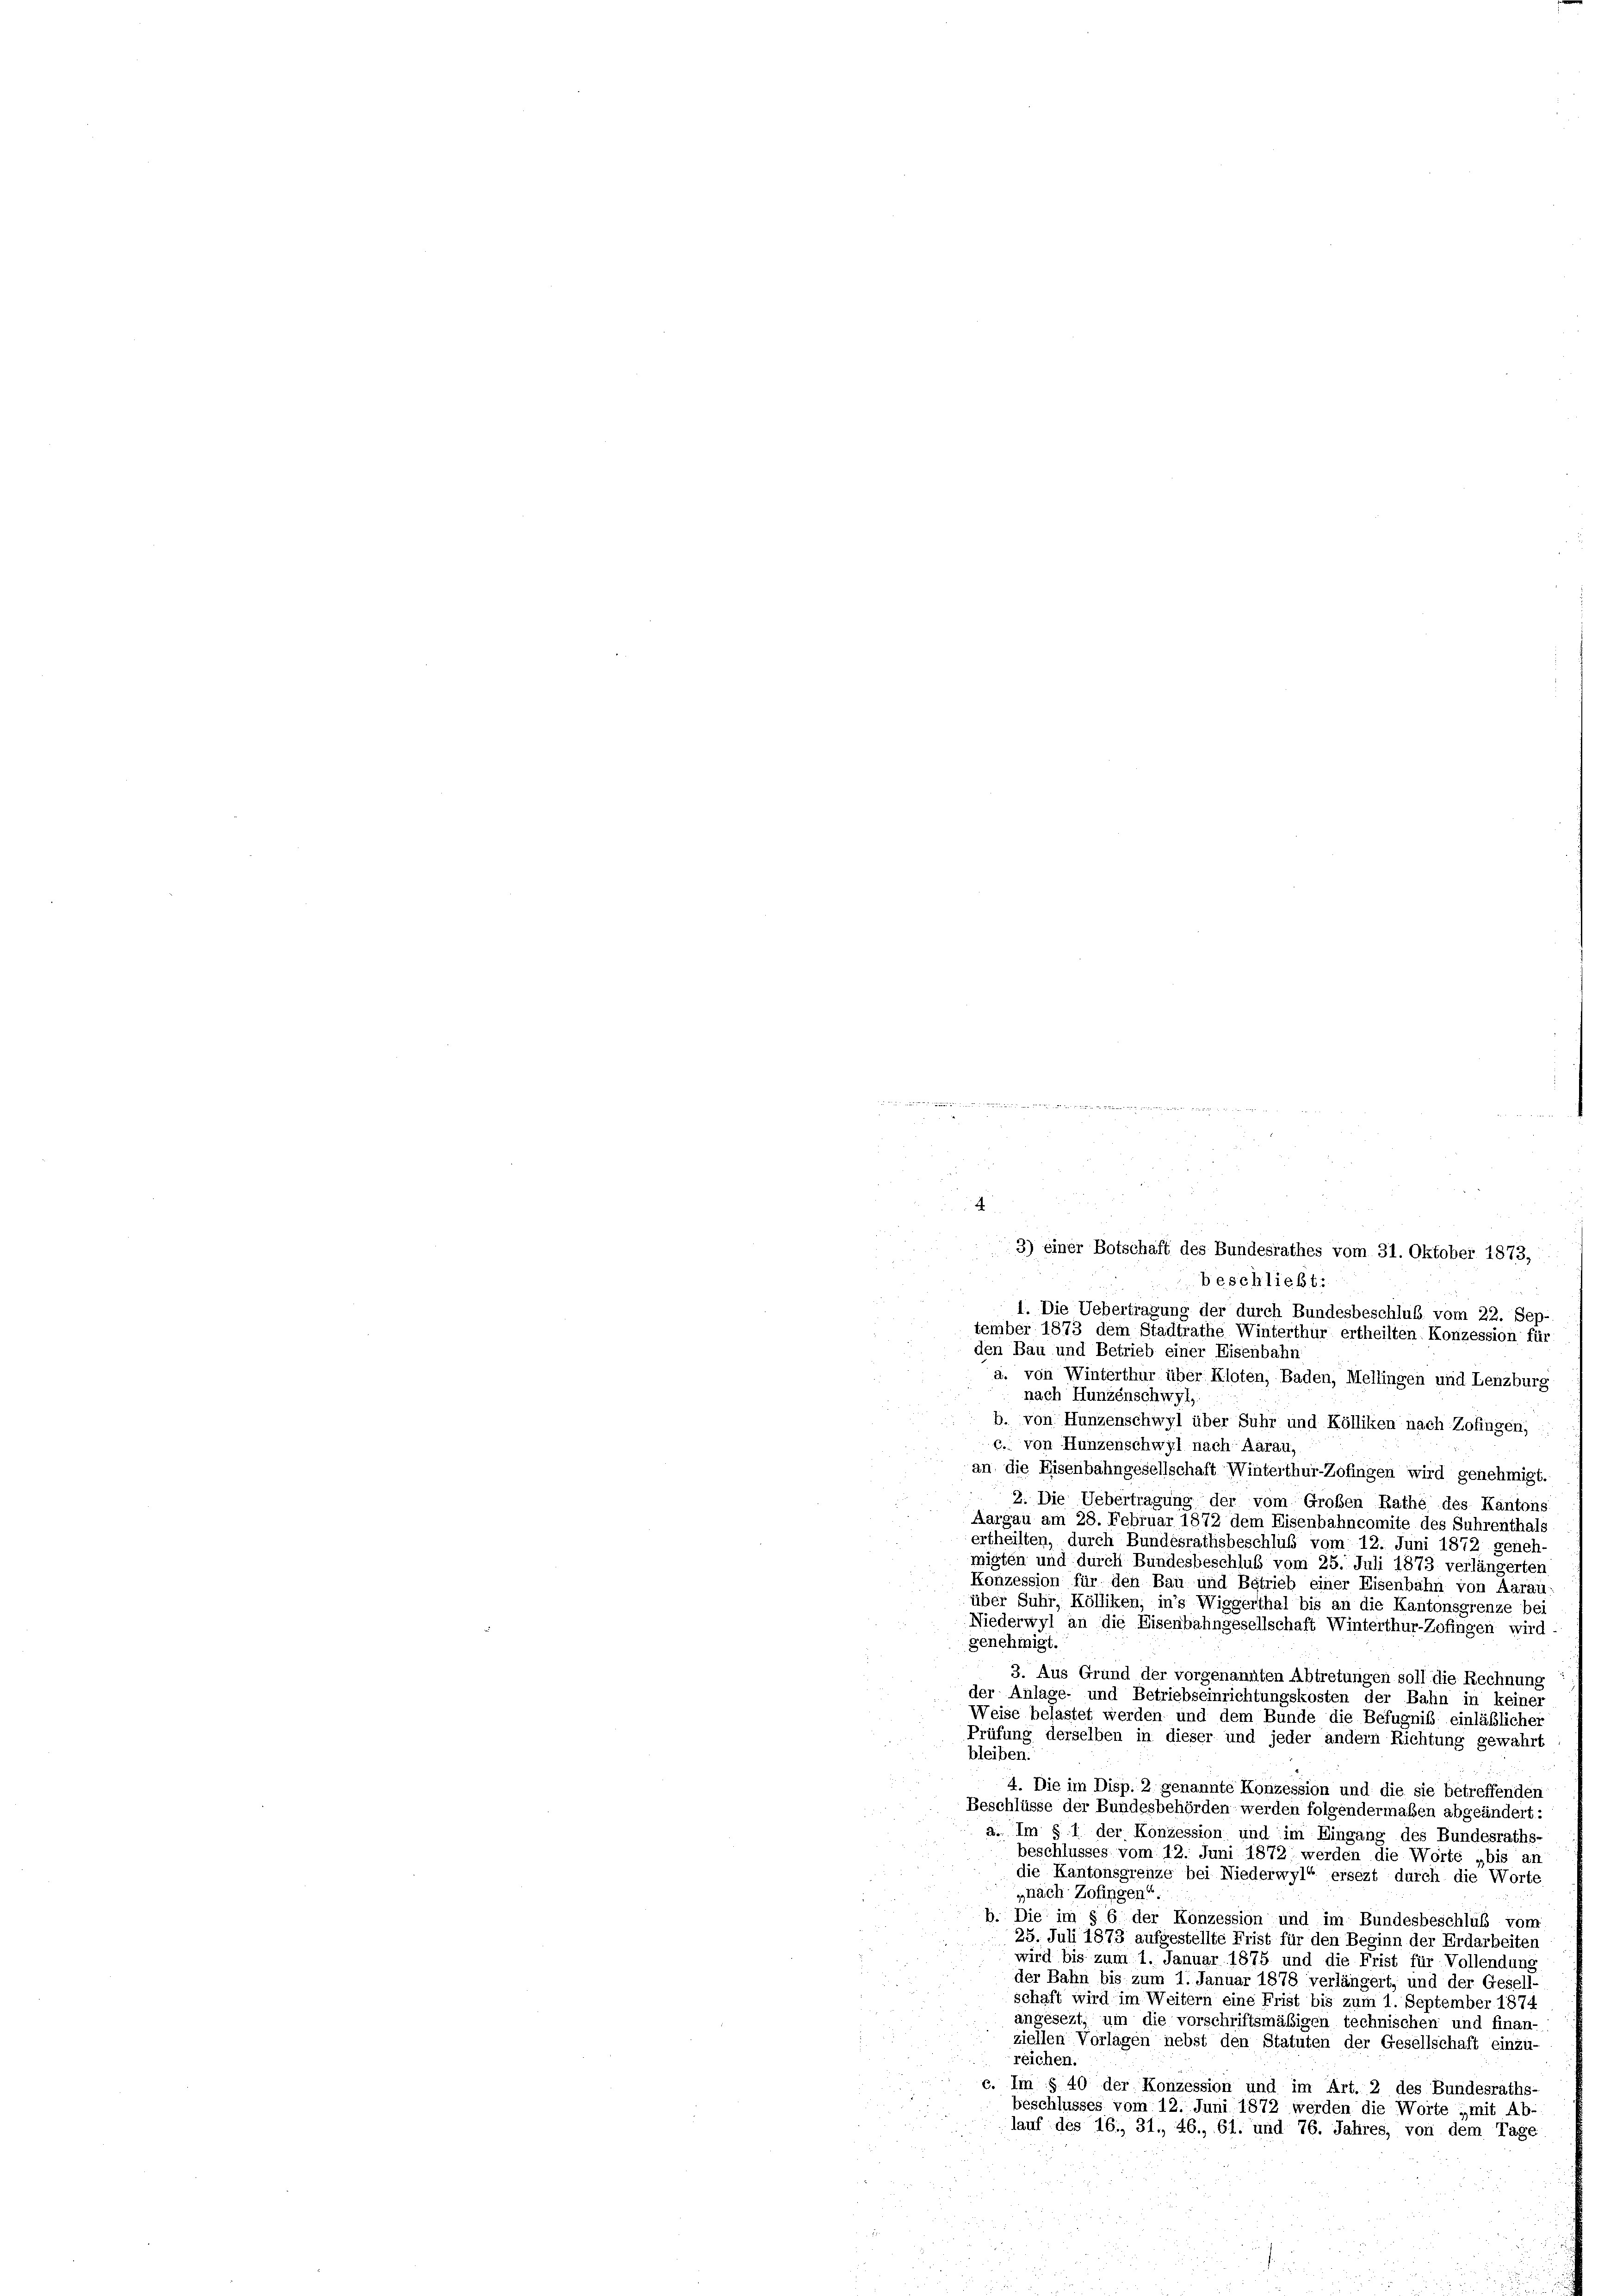
1. Die Uebertragung der durch Bundesbeschluß vom 22. Sep-
tember 1873 dem Stadtrathe Winterthur ertheilten. Konzession für
den Bau und Betrieb einer Eisenbahn
a. von Winterthur über Kloten, Baden, Mellingen und Lenzburg
nach Hunzenschwyl,
von Hunzenschwyl über Suhr und Kölliken nach Zofingen,
c. von Hunzenschwyl nach Aarau
an die Eisenbahngesellschaft Winterthur-Zofingen wird genehmigt.
2. Die Uebertragung der vom Großen Rathe des Kantons
Aargau am 28. Februar 1872 dem Eisenbahncomite des Suhrenthals
ertheilten, durch Bundesrathsbeschluß vom 12. Juni 1872 geneh-
migten und durch Bundesbeschluß vom 25. Juli 1873 verlängerten
Konzession für den Bau und Betrieb einer Eisenbahn von Aarau,
über Suhr, Kölliken, in’s Wiggerthal bis an die Kantonsgrenze bei
Niederwyl an die Eisenbahngesellschaft Winterthur-Zofingen wird
genehmigt.
3. Aus Grund der vorgenannten Abtretungen soll die Rechnung
der Anlage- und Betriebseinrichtungskosten der Bahn in keiner
Weise belastet werden und dem Bunde die Befugnis einläßlicher
Prüfung derselben in dieser und jeder andern Richtung gewahrt
bleiben.
4. Die im Disp. 2 genannte Konzession und die sie betreffenden
Beschlüsse der Bundesbehörden werden folgendermaßen abgeändert:
a. Im § 1 der Konzession und im Eingang des Bundesraths-
beschlusses vom 12. Juni 1872 werden die Worte „bis an
die Kantonsgrenze bei Niederwyl“ ersezt durch die Worte
„nach Zofingen“
b. Die im § 6 der Konzession und im Bundesbeschluß vom
25. Juli 1873 aufgestellte Frist für den Beginn der Erdarbeiter
wird bis zum 1. Januar 1875 und die Frist für Vollendung
der Bahn bis zum 1. Januar 1878 verlängert, und der Gesell-
schaft wird im Weitern eine Frist bis zum 1. September 1874
angesezt, um die vorschriftsmäßigen technischen und finan-
ziellen Vorlagen nebst den Statuten der Gesellschaft einzu-
reichen.
c. Im § 40 der Konzession und im Art. 2 des Bundesraths-
beschlusses vom 12. Juni 1872 werden die Worte „mit Ab-
lauf des 16., 31., 46., 61. und 76. Jahres, von dem Tage

4
3) einer Botschaft des Bundesrathes vom 31. Oktober 1873,
beschließt: